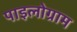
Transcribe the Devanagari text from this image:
पाइलोग्राम